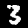
Label: 3